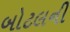
બોટલની